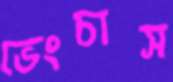
ভেংচাস